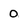
Character: 0